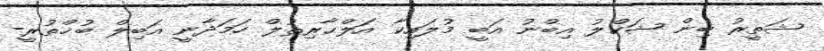
ޝަތީރު ބިން ޝަކްލު އިބްނު އަބީ މުލައިކާ އަލްޙާރިޘުލް ހަމަދާނީ އަބިލް ބުޚްތުރީ-